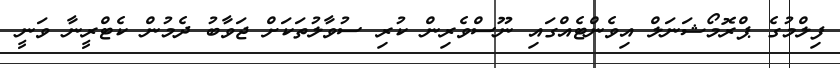
ފިލްމުގެ ޕްރޮމޯޝަނަލް އިވެންޓެއްގައި ނޫސްވެރިން ކުރި ސުވާލުތަކަށް ޖަވާބު ދެމުން ކެޓްރީނާ ވަނީ